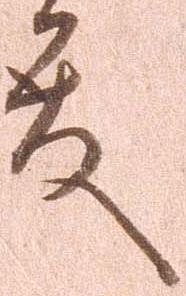
殿